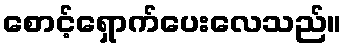
စောင့်ရှောက်ပေးလေသည်။